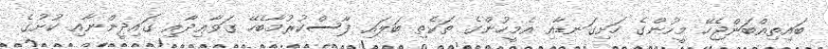
ބައިތިއްބަންޖެހޭ މީހުންގެ ހަށިގަނޑާއި އެމީހުންގެ ތަކެތި ބަލައި ފާސްކުރުމާބެހޭ ގަވާޢިދާއި ޤައިދީންނާއި ކުށުގެ